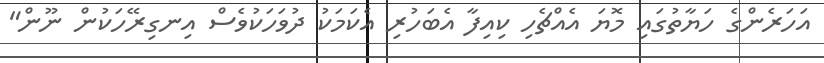
އަހަރެންގެ ހަޔާތުގައި މޮޔަ އެއްޗެހި ކިއިފާ އެބަހުރި އެކަމަކު ދުވަހަކުވެސް އިނގިރޭހަކުން ނޫން"